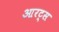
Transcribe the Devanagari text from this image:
आरट्स